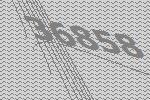
36858